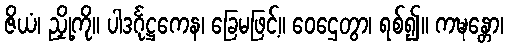
ဇိယံ၊ ညှို့ကို။ ပါဒင်္ဂုဋ္ဌကေန၊ ခြေမဖြင့်။ ဝေဌေတွာ၊ ရစ်၍။ ကဍ္ဎန္တော၊